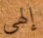
إلهي